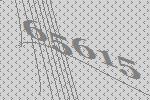
65615